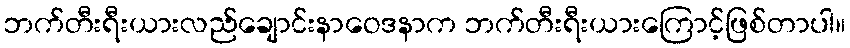
ဘက်တီးရီးယားလည်ချောင်းနာဝေဒနာက ဘက်တီးရီးယားကြောင့်ဖြစ်တာပါ။